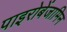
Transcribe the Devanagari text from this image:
पाइरोबेंजामिन